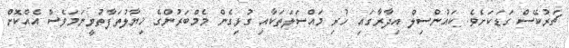
ޗަރުކޭސް ގަޑަކަށެވެ. ކައުންސިލް އިދާރާގައި ހުރި މައްސަލަތަކާއި ގުޅިގެން މެމްބަރުންގެ ޚިޔާލުތަފާތުވީނަމަވެސް އެއްކޮށް